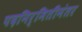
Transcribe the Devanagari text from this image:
पदनिर्मितीनंतर